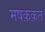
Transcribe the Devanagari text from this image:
मषक़क़त